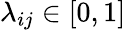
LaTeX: \lambda_{ij}\in[0,1]